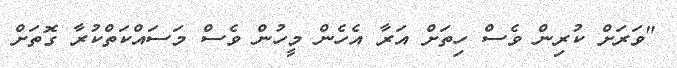
"ވަރަށް ކުރިން ވެސް ހިތަށް އަރާ އެހެން މީހުން ވެސް މަސައްކަތްކުރާ ގޮތަށް